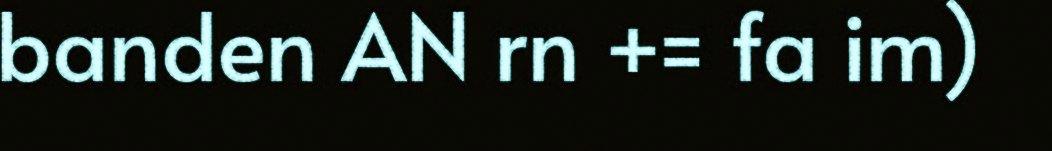
banden AN rn += fa im)